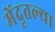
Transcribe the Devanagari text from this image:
मेंदूतल्या